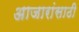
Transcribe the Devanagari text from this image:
अाजारांसाठी